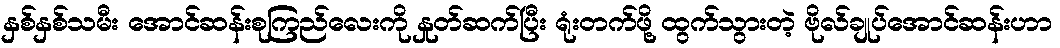
နှစ်နှစ်သမီး အောင်ဆန်းစုကြည်လေးကို နှုတ်ဆက်ပြီး ရုံးတက်ဖို့ ထွက်သွားတဲ့ ဗိုလ်ချုပ်အောင်ဆန်းဟာ